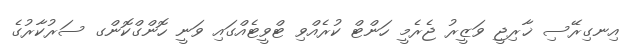
އިނގިރޭސި ޚާރިޖީ ވަޒީރު ޖެރެމީ ހަންޓް ކުރެއްވި ޓްވީޓެއްގައި ވަނީ ހޮންގްކޮންގ ސަރުކާރުގެ